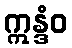
ဣန္ဒံဝ